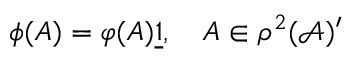
\phi ( A ) = \varphi ( A ) \underline { { { 1 } } } , \quad A \in \rho ^ { 2 } ( \mathcal { A } ) ^ { \prime }